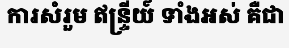
ការសំរួម ឥន្ទ្រីយ៍ ទាំងអស់ គឺជា